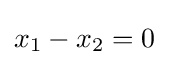
x_{1}-x_{2}=0